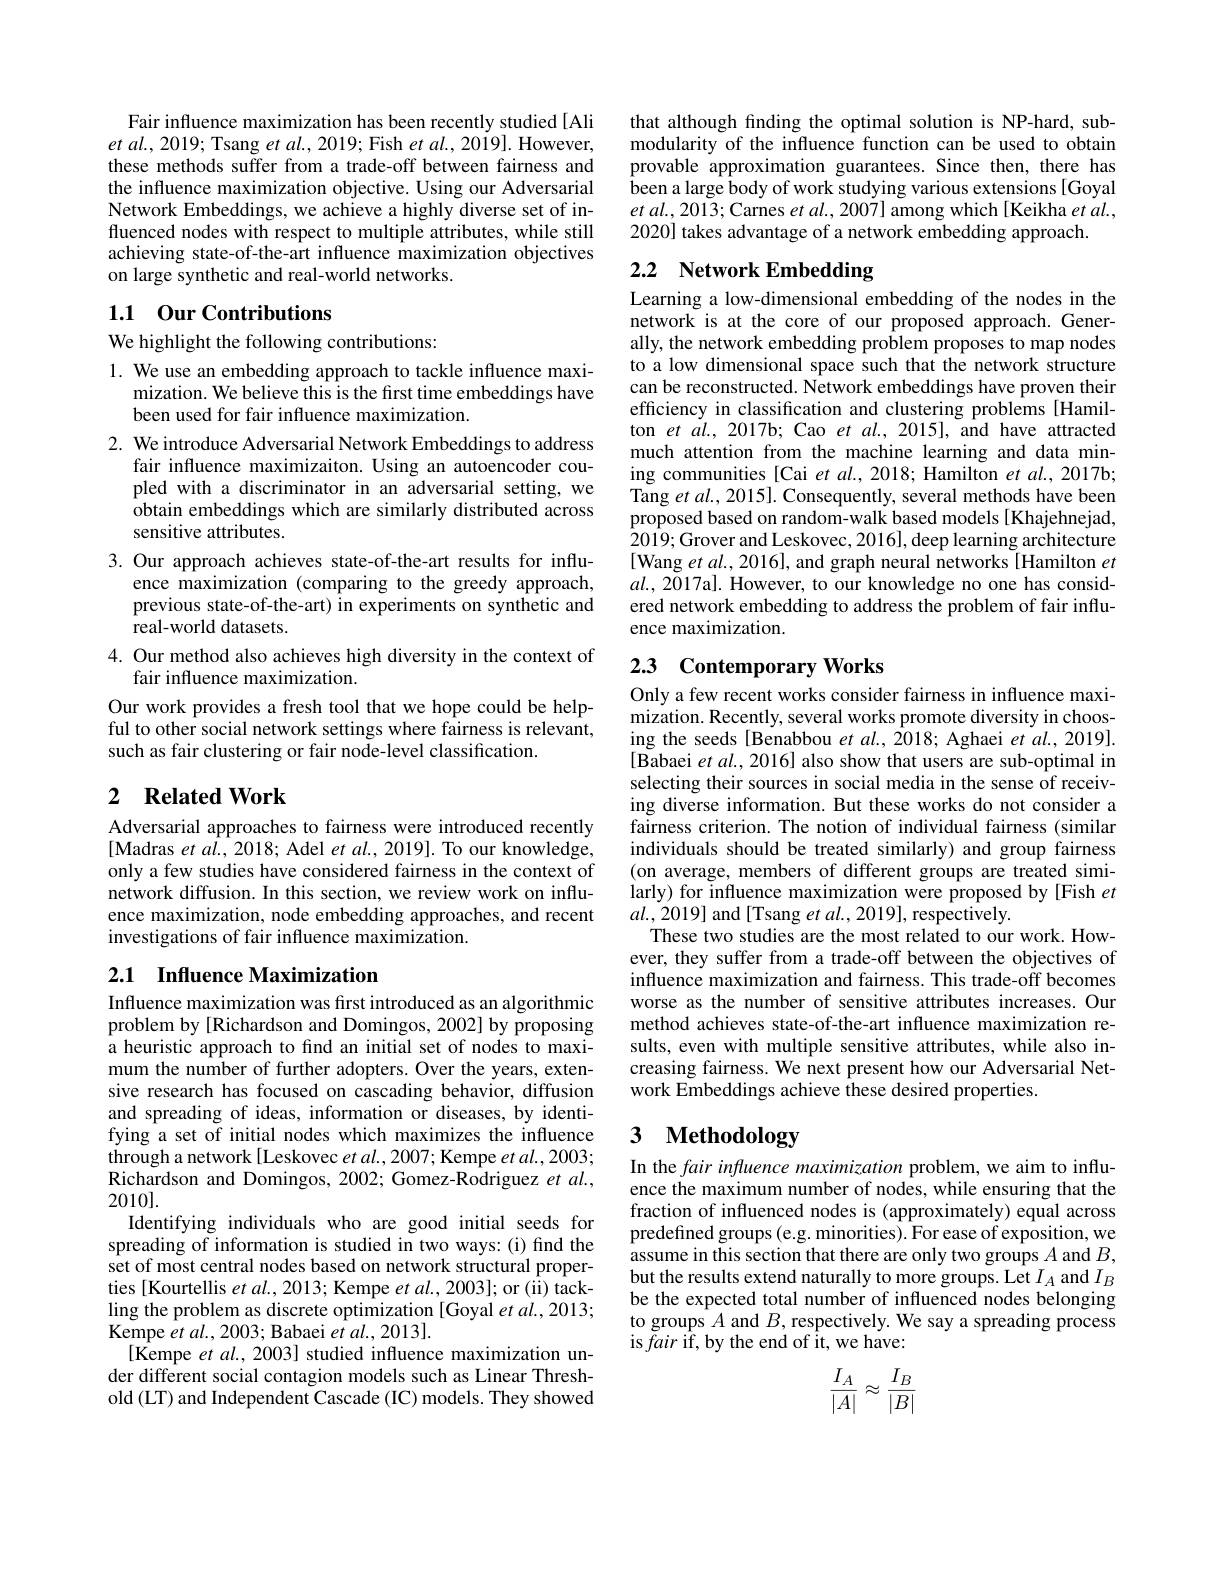
Fair influence maximization has been recently studied[Ali $etal.,2019;$ Tsang $etal.,2019;$ Fish $etal.,2019].$ However, these methods suffer from a trade-off between fairness and the influence maximization objective. Using our Adversarial Network Embeddings, we achieve a highly diverse set of influenced nodes with respect to multiple attributes, while still achieving state-of-the-art influence maximization objectives on large synthetic and real-world networks.

## 1.1 0ur Contributions

We highlight the following contributions:

1. We use an embedding approach to tackle influence maxi-
mization. We believe this is the first time embeddings have
been used for fair influence maximization.
2. We introduce Adversarial Network Embeddings to address
fair influence maximizaiton. Using an autoencoder coupled with a discriminator in an adversarial setting, we obtain embeddings which are similarly distributed across sensitive attributes.
3. Our approach achieves state-of-the-art results for influ-
ence maximization (comparing to the greedy approach, previous state-of-the-art) in experiments on synthetic and real-world datasets.
4. Our method also achieves high diversity in the context of
fair influence maximization.
Our work provides a fresh tool that we hope could be helpful to other social network settings where fairness is relevant, such as fair clustering or fair node-level classification.

## 2 $\textbf{Related Work}$

Adversarial approaches to fairness were introduced recently [Madras et $al.,2018;$ Adel $et$ al.,2019]. To our knowledge, only a few studies have considered fairness in the context of network diffusion. In this section, we review work on influence maximization, node embedding approaches, and recent investigations of fair influence maximization.

# 2.1 Influence Maximization

Influence maximization was first introduced as an algorithmic problem by [Richardson and Domingos, 2002] by proposing a heuristic approach to find an initial set of nodes to maximum the number of further adopters. Over the years, extensive research has focused on cascading behavior, diffusion and spreading of ideas, information or diseases, by identifying a set of initial nodes which maximizes the influence through a network[Leskovec $et\textit{al. , 2007; Kempe et al. , 2003; }$ Richardson and Domingos, 2002; Gomez-Rodriguez $etal.$, 2010].
Identifying individuals who are good initial seeds for spreading of information is studied in two ways:(i) find the set of most central nodes based on network structural properties [Kourtellis et al., 2013; Kempe et al., 2003]; or (ii) tackling the problem as discrete optimization [Goyal et al., 2013; Kempe $etal.,2003;$ Babaei $et\textit{al. , 2013}] .$
[Kempe $etal.,2003]$ studied influence maximization under different social contagion models such as Linear Threshold (LT) and Independent Cascade (IC) models. They showed

that although finding the optimal solution is NP-hard, submodularity of the influence function can be used to obtain provable approximation guarantees. Since then, there has been a large body of work studying various extensions [Goyal $etal.,2013;$Carnes $etal.,2007]$ among which[Keikha $etal.$, 2020] takes advantage of a network embedding approach.

# 2.2 Network Embedding

Learning a low-dimensional embedding of the nodes in the network is at the core of our proposed approach.Generally, the network embedding problem proposes to map nodes to a low dimensional space such that the network structure can be reconstructed. Network embeddings have proven their efficiency in classification and clustering problems [Hamilton et al., 2017b; Cao et $al.$, 2015], and have attracted much attention from the machine learning and data mining communities [Cai et al., 2018; Hamilton et al., 2017b; Tang et $al.,2015].$ Consequently, several methods have been proposed based on random-walk based models [Khajehnejad, 2019;Grover and Leskovec, 2016], deep learning architecture [Wang et $al.,2016]$, and graph neural networks[Hamilton $et$ $al.,2\tilde{0}17$a]. However, to our knowledge no one has considered network embedding to address the problem of fair influence maximization.

# 2.3 Contemporary Works

Only a few recent works consider fairness in influence maximization. Recently, several works promote diversity in choosing the seeds[Benabbou et al., 2018; Aghaei et al., 2019]. $[\tilde{\text{Babaei }etal.,2016}]$ also show that users are sub-optimal in selecting their sources in social media in the sense of receiving diverse information. But these works do not consider a fairness criterion. The notion of individual fairness (similar individuals should be treated similarly) and group fairness (on average, members of different groups are treated similarly) for influence maximization were proposed by [Fish $et$ $al.,2019]$ and[Tsang et al., 2019], respectively.
These two studies are the most related to our work. However, they suffer from a trade-off between the objectives of influence maximization and fairness. This trade-off becomes worse as the number of sensitive attributes increases. Our method achieves state-of-the-art influence maximization results, even with multiple sensitive attributes, while also increasing fairness. We next present how our Adversarial Network Embeddings achieve these desired properties.

# 3 Methodology

In the fair infuence maximization problem, we aim to influence the maximum number of nodes, while ensuring that the fraction of influenced nodes is (approximately) equal across predefined groups (e.g. minorities). For ease of exposition, we assume in this section that there are only two groups $A$ and $B$, but the results extend naturally to more groups. Let $I_A$ and $I_B$ be the expected total number of influenced nodes belonging to groups $A$ and $B$, respectively. We say a spreading process is $\tilde{f}air$ if, by the end of it, we have:
$$\begin{aligned}\frac{I_A}{|A|}\approx\frac{I_B}{|B|}\end{aligned}$$